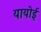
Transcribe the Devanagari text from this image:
यायोई